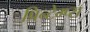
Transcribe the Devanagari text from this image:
प्रिन्टेम्प्स